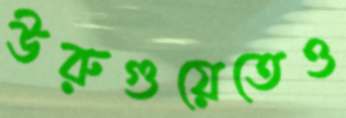
উরুগুয়েতেও